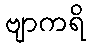
ဗျာကရိ